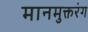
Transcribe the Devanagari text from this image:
मानमुक्तरंग